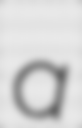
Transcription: a